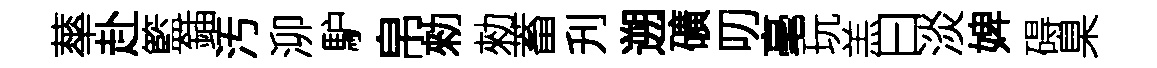
蕐赴籃鍤汚泖馿帛勑勑蓄刋遡礦叨毫玩羔曰淡婢碍臬